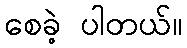
စေခဲ့ ပါတယ်။